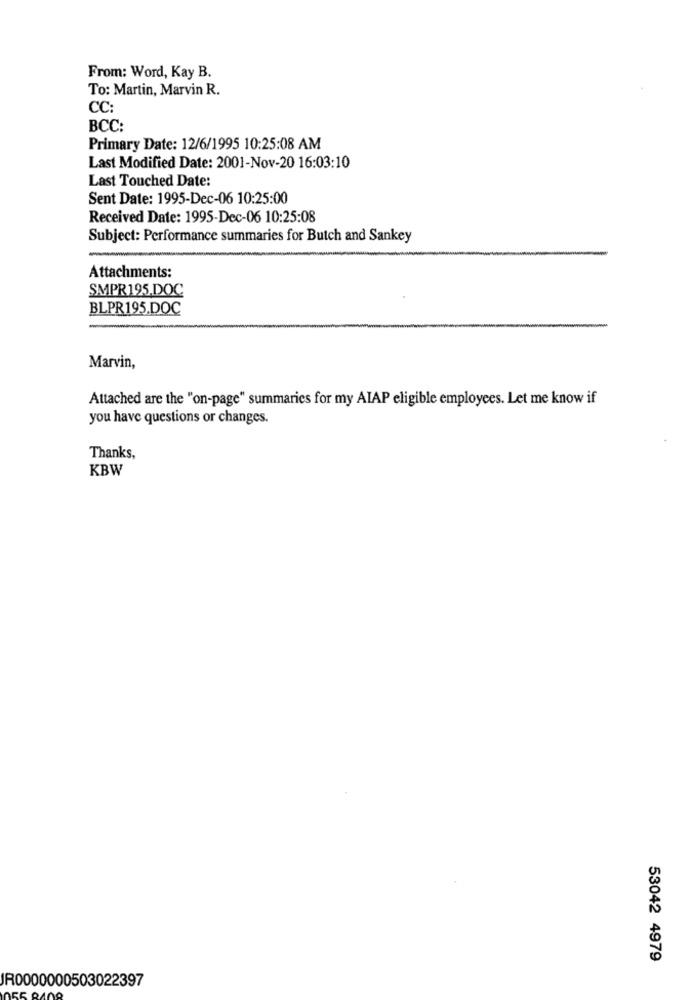
From: Word, Kay B.
To: Martin, Marvin R.
CC:
BCC:
Primary Date: 12/6/1995 10:25:08 AM
Last Modified Date: 2001-Nov-20 16:03:10
Last Touched Date:
Sent Date: 1995-Dec-06 10:25:00
Received Date: 1995-Dec-06 10:25:08
Subject: Performance summaries for Butch and Sankey
Attachments:
SMPR195.DOC
BLPR195.DOC
Marvin,
Attached are the "on-page" summaries for my AIAP eligible employees. Let me know if
you have questions or changes.
Thanks,
KBW
53042 4979
JR0000000503022397